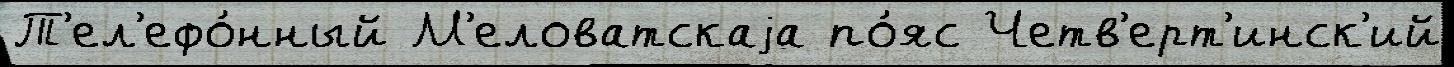
Т'ел'ефо́нный М'еловатскаjа по́яс Четв'ерт'инск'ий